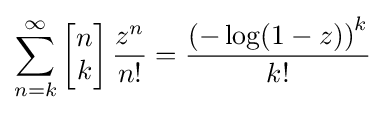
\sum _{n=k}^{\infty }\left[{\begin{matrix}n\\k\end{matrix}}\right]{\frac {z^{n}}{n!}}={\frac {\left(-\log(1-z)\right)^{k}}{k!}}